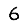
Digit: 6